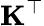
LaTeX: \mathbf{K}^{\top}